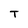
Character: T